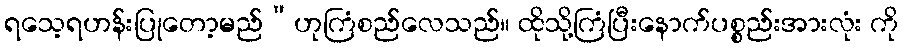
ရသေ့ရဟန်းပြုတော့မည်”ဟုကြံစည်လေသည်။ ထိုသို့ကြံပြီးနောက်ပစ္စည်းအားလုံး ကို